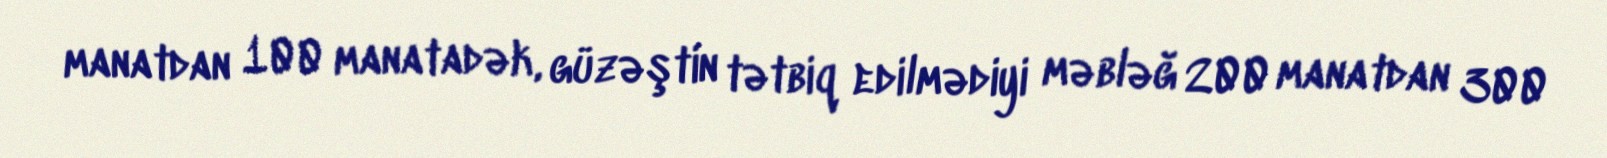
manatdan 100 manatadək, güzəştin tətbiq edilmədiyi məbləğ 200 manatdan 300